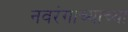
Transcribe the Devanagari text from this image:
नवरंगाच्याच्या